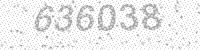
Solution: 636038